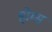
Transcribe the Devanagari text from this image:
हो्म्स